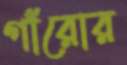
গাঁরোর